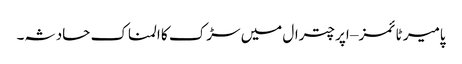
پامیر ٹائمز – اپر چترال میں سڑک کا المناک حادثہ۔